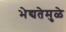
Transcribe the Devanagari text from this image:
भेद्यतेमुळे